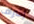
إشراف